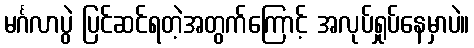
မင်္ဂလာပွဲ ပြင်ဆင်ရတဲ့အတွက်ကြောင့် အလုပ်ရှုပ်နေမှာပဲ။